Materia medica of Madras volume I
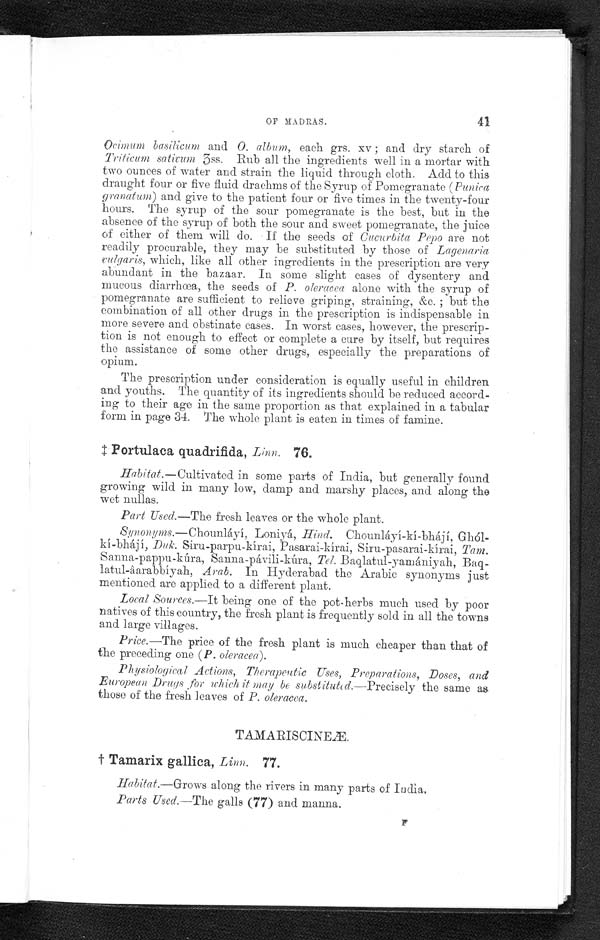
OF MADRAS.
41
Ocimum basilicum and O. album, each grs. xv ; and dry starch of
Triticum satixum 3ss. Rub all the ingredients well in a mortar with
two ounces of water and strain the liquid through cloth. Add to this
draught four or five fluid drachms of the Syrup of Pomegranate (Punica
granatum) and give to the patient four or five times in the twenty-four
hours. The syrup of the sour pomegranate is the best, but in the
absence of the syrup of both the sour and sweet pomegranate, the juice
of either of them will do. If the seeds of Cucurbita Pepo are not
readily procurable, they may be substituted by those of L a g e n a r i a
x u l g a r i s ,
w h i c h , l i k e a l l o t h e r i n g r e d i e n t s i n t h e p r e s c r i p t i o n a r e v e r y
abundant in the bazaar. In some slight cases of dysentery and
mucous diarrhœa, the seeds of P. oleracea alone with the syrup of
pomegranate are sufficient to relieve griping, straining, &c. ; but the
combination of all other drugs in the prescription is indispensable in
more severe and obstinate cases. In worst cases, however, the prescrip-
tion is not enough to effect or complete a cure by itself, but requires
the assistance of some other drugs, especially the preparations of
opium.
The prescription under consideration is equally useful in children
and youths. The quantity of its ingredients should be reduced accord-
ing to their age in the same proportion as that explained in a tabular
form in page 34. The whole plant is eaten in times of famine.
‡ P o r t u l a c a q u a d r i f i d a , L i n n . 7 6 .
Habitat.—Cultivated in some parts of India, but generally found
growing wild in many low, damp and marshy places, and along the
wet nuinas.
Part Used.—The fresh leaves or the whole plant.
Synonyms.— Chounláyí, Loniyá, Hind. Chounláyí-kí-bhájí, Ghól-
k i - b h á j í ,
D u k
. . S i r u - p a r p u - k í r a i , P a s a r a i - k i r a i , S i r u - p a s a r a i - k i r a i ,T
a m .
S a n n a - p a p p u - k ú r a , S a n n a - p á v i l i - k ú r a ,T
e l .
B a q l a t u l - y a m á n i y a h ,
B a q - l a t u l - â a r a b b i y a h ,
A r a b .
I n H y d e r a b a d t h e A r a b i c s y n o n y m s j u s t
mentioned are applied to a different plant.
Local Sources. It being one of the pot-herbs much used by poor
natives of this country, the fresh plant is frequently sold in all the towns
and large villages.
Price.—The price of the fresh plant is much cheaper than that of
the preceding one (P. oleracea).
Physiological Actions, Therapeutic Uses, Preparations, Doses, and
European Drugs for which it may be substituted.—Precisely the same as
those of the fresh leaves of P. oleracea.
TAMARISCINEÆ.
† T a m a r i x g a l l i c a ,
L i n n . . 7 7 .
Habitat.—Grows along the rivers in many parts of India.
Parts Used.—The galls (77) and manna.